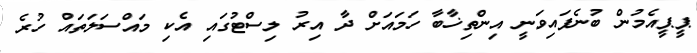
ޕީޕީއެމުން ބުނެފައިވަނީ އިންތިޚާބާ ހަމައަށް ދާ އިރު ލިސްޓުގައި އެކި މައްސަލަތައް ހުރެ